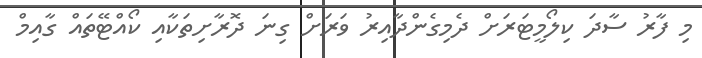
މި ފާރު ސާދަ ކިލޯމީޓަރަށް ދެމިގެންދާއިރު ވަރަށް ގިނަ ދޮރާށިތަކާއި ކޯއްޓޭތައް ގާއިމް